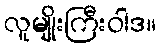
လူမျိုးကြီးဝါဒ။